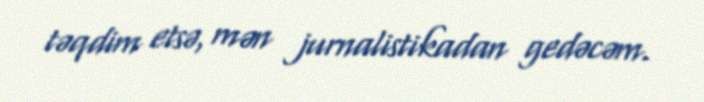
təqdim etsə, mən jurnalistikadan gedəcəm.